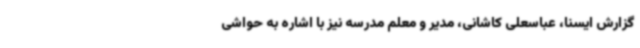
گزارش ایسنا، عباسعلی کاشانی، مدیر و معلم مدرسه نیز با اشاره به حواشی